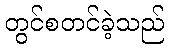
တွင်စတင်ခဲ့သည်